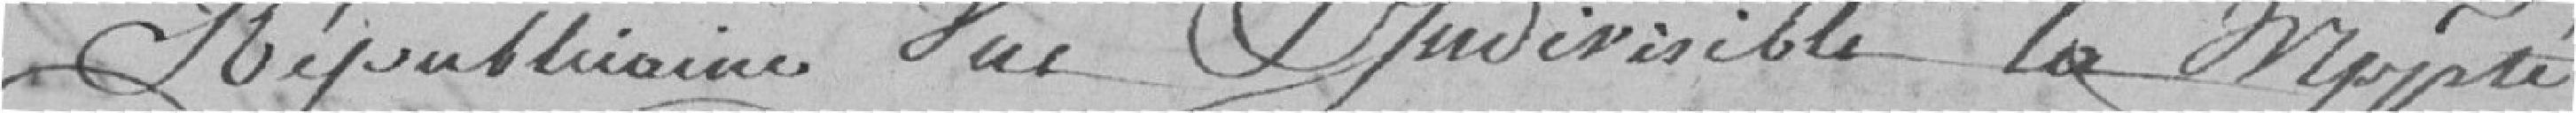
Républicaine que l'indivisible la majorité